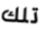
تلك